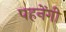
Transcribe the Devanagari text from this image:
पहनेंगी